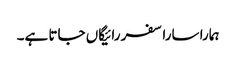
ہمارا سارا سفر رائیگاں جاتا ہے۔